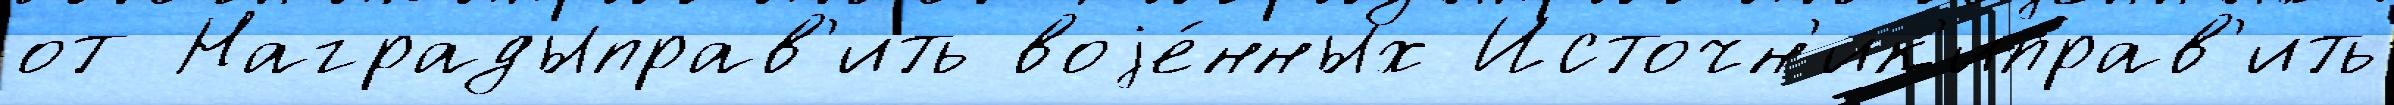
от Наградыправ'ить воjе́нных Источн'ик'иправ'ить